Investigations on Bengal jail dietaries - Number 37
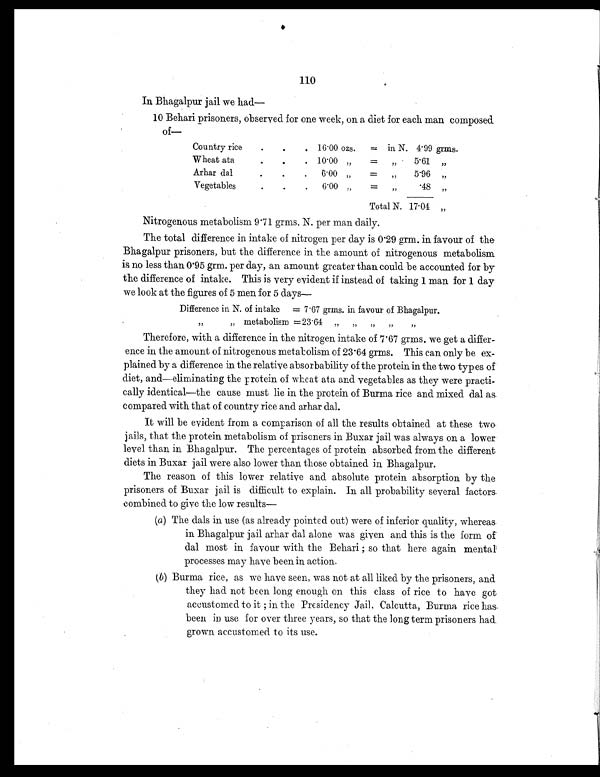
110
In Bhagalpur jail we had
—
1 0 Behari prisoners, observed for one week, on a diet for each man composed
o f —
Country rice
.
.
. 16.00 ozs. = in N. 4.99 grms.
Wheat ata
.
.
. 10.00 „
=
„
5.61 „
Arhar dal
.
.
. 6.00 „
=
„
5.96 „
Vegetables
.
.
. 6.00 „
=
„
.48
„
Total N. 17.04 „
Nitrogenous metabolism 9.71 grms. N. per man daily.
The total difference in intake of nitrogen per day is 0.29 grm. in favour of the
Bhagalpur prisoners, but the difference in the amount of nitrogenous metabolism
is no less than 0.95 grm. per day, an amount greater than could be accounted for by
the difference of intake. This is very evident if instead of taking 1 man for 1 day
we look at the figures of 5 men for 5 days—
Difference in N. of intake = 7.67 grms. in favour of Bhagalpur.
„ „
metabolism =23.64 „ „ „ „ „
Therefore, with a difference in the nitrogen intake of 7.67 grms. we get a differ-
ence in the amount of nitrogenous metabolism of 23.64 grms. This can only be ex-
plained by a difference in the relative absorbability of the protein in the two types of
diet, and—eliminating the protein of wheat ata and vegetables as they were practi-
cally identical—the cause must lie in the protein of Burma rice and mixed dal as
compared with that of country rice and arhar dal.
It will be evident from a comparison of all the results obtained at these two
jails, that the protein metabolism of prisoners in Buxar jail was always on a lower
level than in Bhagalpur. The percentages of protein absorbed from the different
diets in Buxar jail were also lower than those obtained in Bhagalpur.
The reason of this lower relative and absolute protein absorption by the
prisoners of Buxar jail is difficult to explain. In all probability several factors.
combined to give the low results—
(a) The dals in use (as already pointed out) were of inferior quality, whereas
in Bhagalpur jail arhar dal alone was given and this is the form of
dal most in favour with the Behari ; so that here again mental
processes may have been in action.
(b) Burma rice, as we have seen, was not at all liked by the prisoners, and
they had not been long enough on this class of rice to have got
accustomed to it ; in the Presidency Jail, Calcutta, Burma rice has
been in use for over three years, so that the long term prisoners had
grown accustomed to its use.